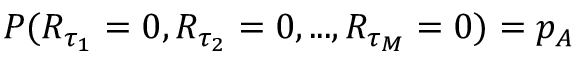
P ( R _ { \tau _ { 1 } } = 0 , R _ { \tau _ { 2 } } = 0 , . . . , R _ { \tau _ { M } } = 0 ) = p _ { A }